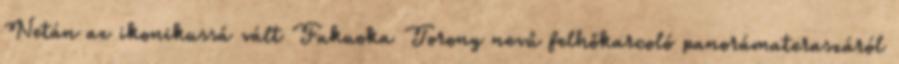
Netán az ikonikussá vált Fukuoka Torony nevű felhőkarcoló panorámateraszáról